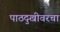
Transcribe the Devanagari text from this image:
पाठदुखीवरचा